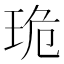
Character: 𤥕